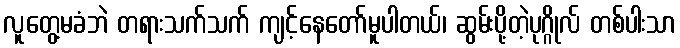
လူတွေ့မခံဘဲ တရားသက်သက် ကျင့်နေတော်မူပါတယ်၊ ဆွမ်းပို့တဲ့ပုဂ္ဂိုလ် တစ်ပါးသာ